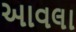
આવલા